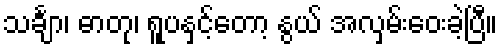
သင်္ချာ၊ ဓာတု၊ ရူပနှင့်တော့ နွယ် အလှမ်းဝေးခဲ့ပြီ။